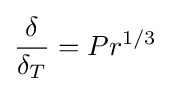
{\delta  \over \delta _{T}}=Pr^{1/3}